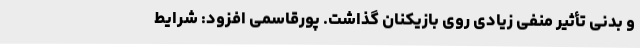
و بدنی تأثیر منفی زیادی روی بازیکنان گذاشت. پورقاسمی افزود: شرایط